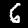
Label: 6